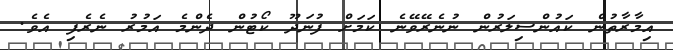
އިމާރާތުން ކައުންސިލަރުން ނުނެރޭވޭނެ ކަމަށް ފުނަދޫ ކޯޓުން ދެންމެ އަމުރު ނެރެފި އެވެ.